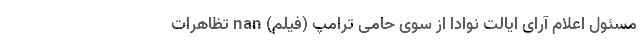
مسئول اعلام آرای ایالت نوادا از سوی حامی ترامپ (فیلم) nan تظاهرات